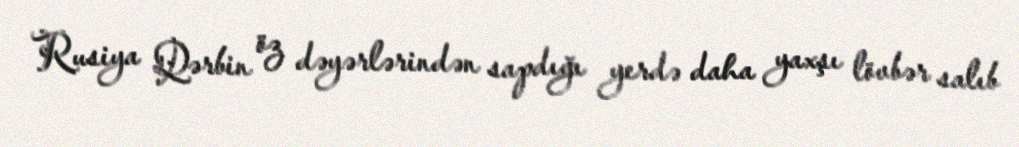
Rusiya Qərbin öz dəyərlərindən sapdığı yerdə daha yaxşı lövbər salıb